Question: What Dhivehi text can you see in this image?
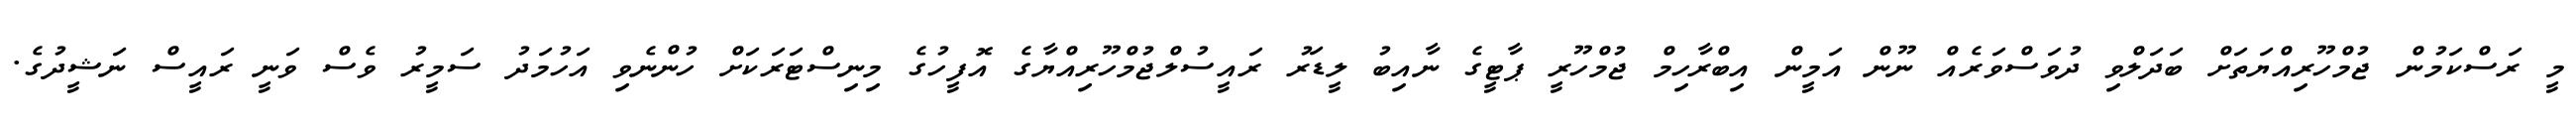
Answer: މީ ރަސްކަމުން ޖުމްހޫރިއްޔަތަށް ބަދަލްވި ދުވަސްވަރެއް ނޫން އަމީން އިބްރާހިމް ޖުމްހޫރީ ޕާޓީގެ ނާއިބު ލީޑަރު ރައީސުލްޖުމްހޫރިއްޔާގެ އޮފީހުގެ މިނިސްޓަރަކަށް ހުންނެވި އަހުމަދު ސަމީރު ވެސް ވަނީ ރައީސް ނަޝީދުގެ.